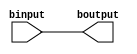
//Module for machine a
module amodule(input binput,output reg boutput);
	//Whenever b sends an input, the output boutput is generated which is later printed in the testbench along with the timestamp	
	always@(binput) begin
		boutput=binput;	
	end
endmodule
//Module for machine b
module bmodule(input ainput,output reg aoutput);
	//Whenever a sends an input, the output aoutput is generated which is later printed in the testbench along with the timestamp
	always@(ainput) begin
		aoutput=ainput;	
	end
endmodule